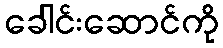
ခေါင်းဆောင်ကို